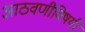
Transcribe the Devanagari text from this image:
आठवणींविषयी